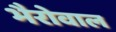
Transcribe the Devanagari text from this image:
भैरोवाल